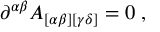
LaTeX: \partial ^ { \alpha \beta } A _ { [ \alpha \beta ] [ \gamma \delta ] } = 0 \; ,